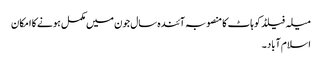
میلہ فیلڈ کوہاٹ کا منصوبہ آئندہ سال جون میں مکمل ہونے کا امکان
اسلام آباد ۔